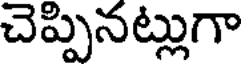
చెప్పినట్లుగా